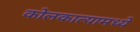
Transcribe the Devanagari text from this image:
कोलकात्यामध्ये